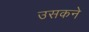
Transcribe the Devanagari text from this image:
उसकने